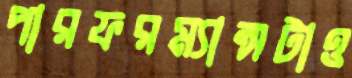
পারফরম্যান্সটাও